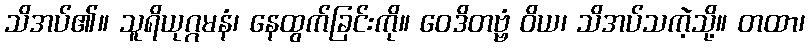
သိအပ်၏။ သူရိယုဂ္ဂမနံ၊ နေထွက်ခြင်းကို။ ဝေဒိတဗ္ဗံ ဝိယ၊ သိအပ်သကဲ့သို့။ တထာ၊